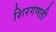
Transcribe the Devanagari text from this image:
शिरगणती